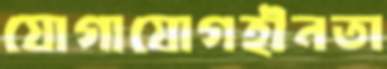
যোগাযোগহীনতা